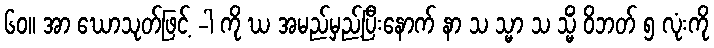
၆၀။ အာ ဃောသုတ်ဖြင့် -ါ ကို ဃ အမည်မှည့်ပြီးနောက် နာ သ သ္မာ သ သ္မိံ ဝိဘတ် ၅ လုံးကို